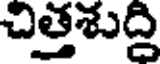
చిత్తశుద్ది